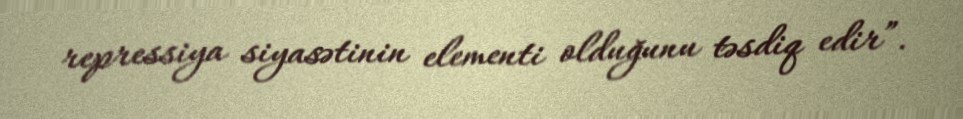
repressiya siyasətinin elementi olduğunu təsdiq edir”.